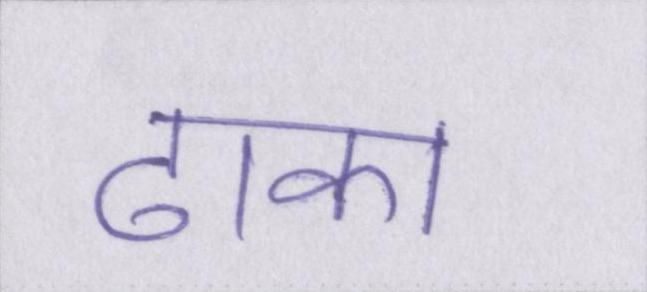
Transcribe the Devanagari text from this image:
ढाका